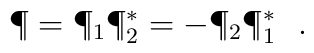
\P=\P_{1}\P_{2}^{*}=-\P_{2}\P_{1}^{*}\ \ .